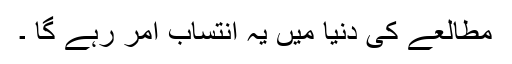
مطالعے کی دنیا میں یہ انتساب امر رہے گا ۔